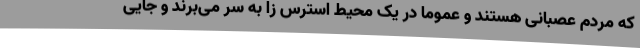
که مردم عصبانی هستند و عموما در یک محیط استرس زا به سر می‌برند و جایی